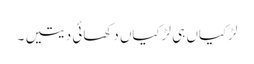
لڑکیاں ہی لڑکیاں دکھائی دیتیں ۔